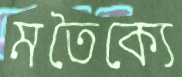
মতৈক্যে